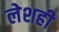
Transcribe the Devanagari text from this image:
लेशही